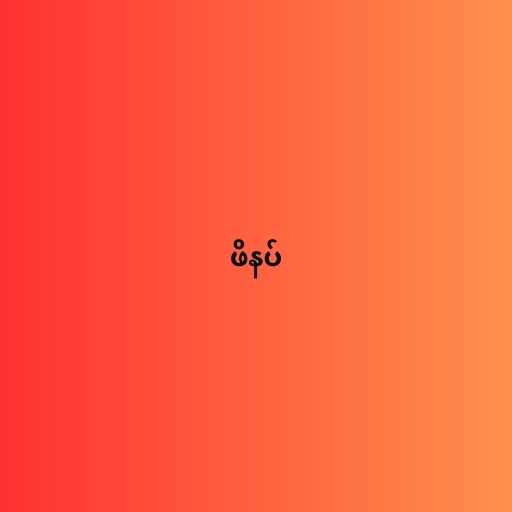
ဖိနပ်